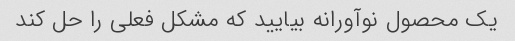
یک محصول نوآورانه بیایید که مشکل فعلی را حل کند